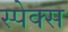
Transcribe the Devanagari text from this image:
स्पेक्स